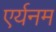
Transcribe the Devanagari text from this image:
एर्यनम